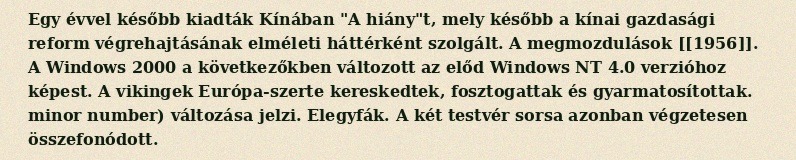
Egy évvel később kiadták Kínában "A hiány"t, mely később a kínai gazdasági reform végrehajtásának elméleti háttérként szolgált. A megmozdulások [[1956]]. A Windows 2000 a következőkben változott az előd Windows NT 4.0 verzióhoz képest. A vikingek Európa-szerte kereskedtek, fosztogattak és gyarmatosítottak. minor number) változása jelzi. Elegyfák. A két testvér sorsa azonban végzetesen összefonódott.